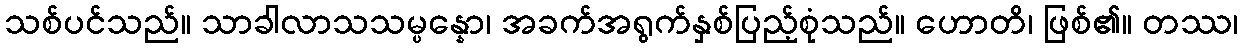
သစ်ပင်သည်။ သာခါလာသသမ္ပန္နော၊ အခက်အရွက်နှစ်ပြည့်စုံသည်။ ဟောတိ၊ ဖြစ်၏။ တဿ၊